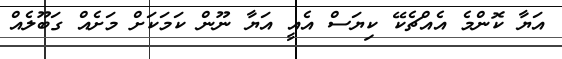
އަޔާ ކޮންމެ އެއްޗެކޭ ކިޔަސް އެއީ އަޔާ ނޫން ކަމަކަށް މަށެއް ގަބޫލެއް